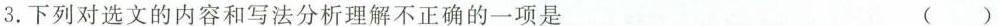
3.下列对选文的内容和写法分析理解不正确的一项是 ()